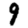
Digit: 9